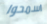
اسمحوا